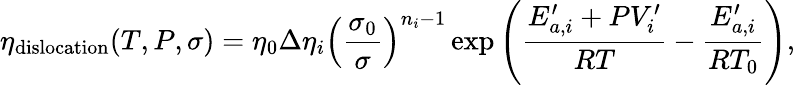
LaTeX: \eta_{\mathrm{dislocation}}(T,P,\sigma)=\eta_{0}\Delta\eta_{i}\left(\frac{\sigma_{0}}{\sigma}\right)^{n_{i}-1}\exp\left(\frac{E_{a,i}^{\prime}+PV_{i}^{\prime}}{RT}-\frac{E_{a,i}^{\prime}}{RT_{0}}\right),